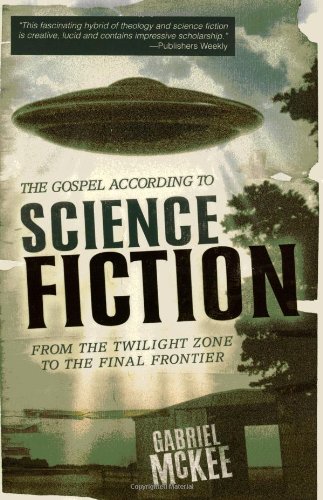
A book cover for The Gospel according to Science Fiction: From the Twilight Zone to the Final Frontier; Gabriel McKee; Science Fiction & Fantasy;